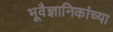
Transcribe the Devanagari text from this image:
भूवैज्ञानिकांच्या